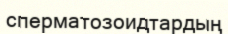
сперматозоидтардың